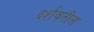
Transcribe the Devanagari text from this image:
दर्शवतील